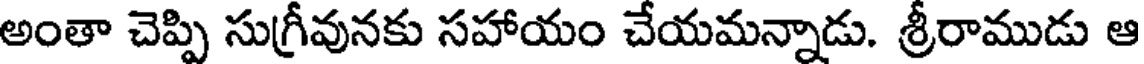
అంతా చెప్పి సుగ్రీవునకు సహాయం చేయమన్నాడు. శ్రీరాముడు ఆ